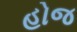
હોજ